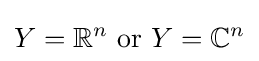
Y=\mathbb {R} ^{n}{\text{ or }}Y=\mathbb {C} ^{n}